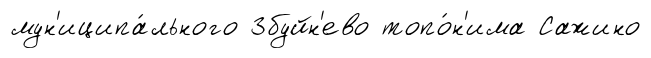
мун'иципа́льного Збуйн'ево топо́н'има Сажино